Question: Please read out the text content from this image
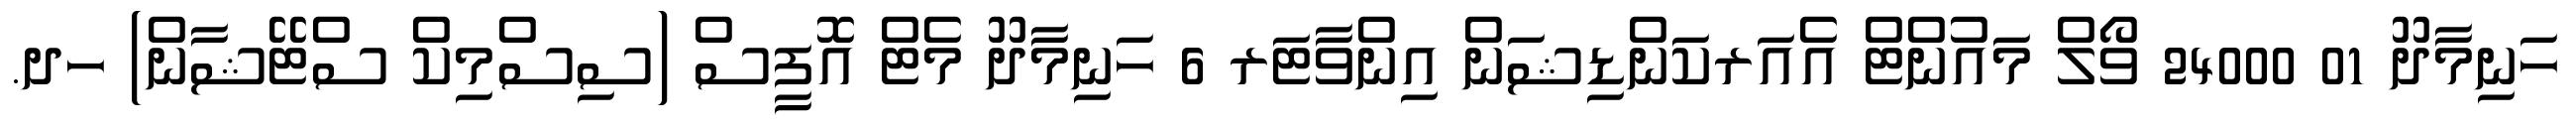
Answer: ހަނިމާދޫ 01 24000 ވޯލް މައުންޓް އެއަރކަންޑިޝަން އިންވާޓަރ 6 ހަނިމާދޫ މެޓް އޮފީސް (ސިސްމިކް ސްޓޭޝާން) ހދ.